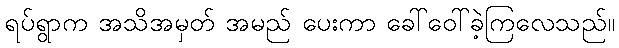
ရပ်ရွာက အသိအမှတ် အမည် ပေးကာ ခေါ်ဝေါ်ခဲ့ကြလေသည်။